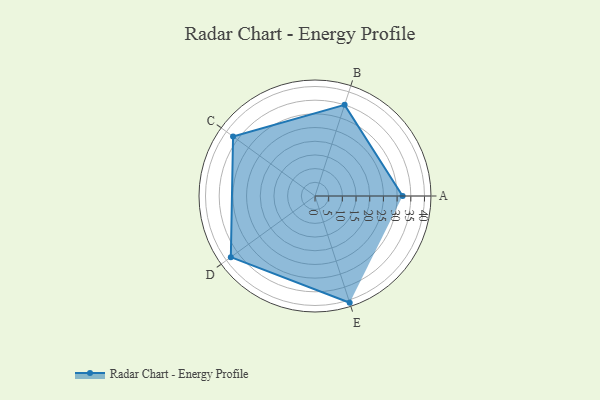
{"axis": {"x": "Skill", "y": "Score"}, "legend": ["Profile"], "data": [{"x": "A", "y": 32.0, "type": "Profile"}, {"x": "B", "y": 35.0, "type": "Profile"}, {"x": "C", "y": 37.0, "type": "Profile"}, {"x": "D", "y": 38.0, "type": "Profile"}, {"x": "E", "y": 41.0, "type": "Profile"}]}